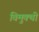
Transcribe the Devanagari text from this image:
विमुक्थी